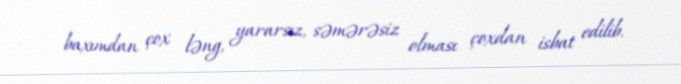
baxımdan çox ləng, yararsız, səmərəsiz olması çoxdan isbat edilib.